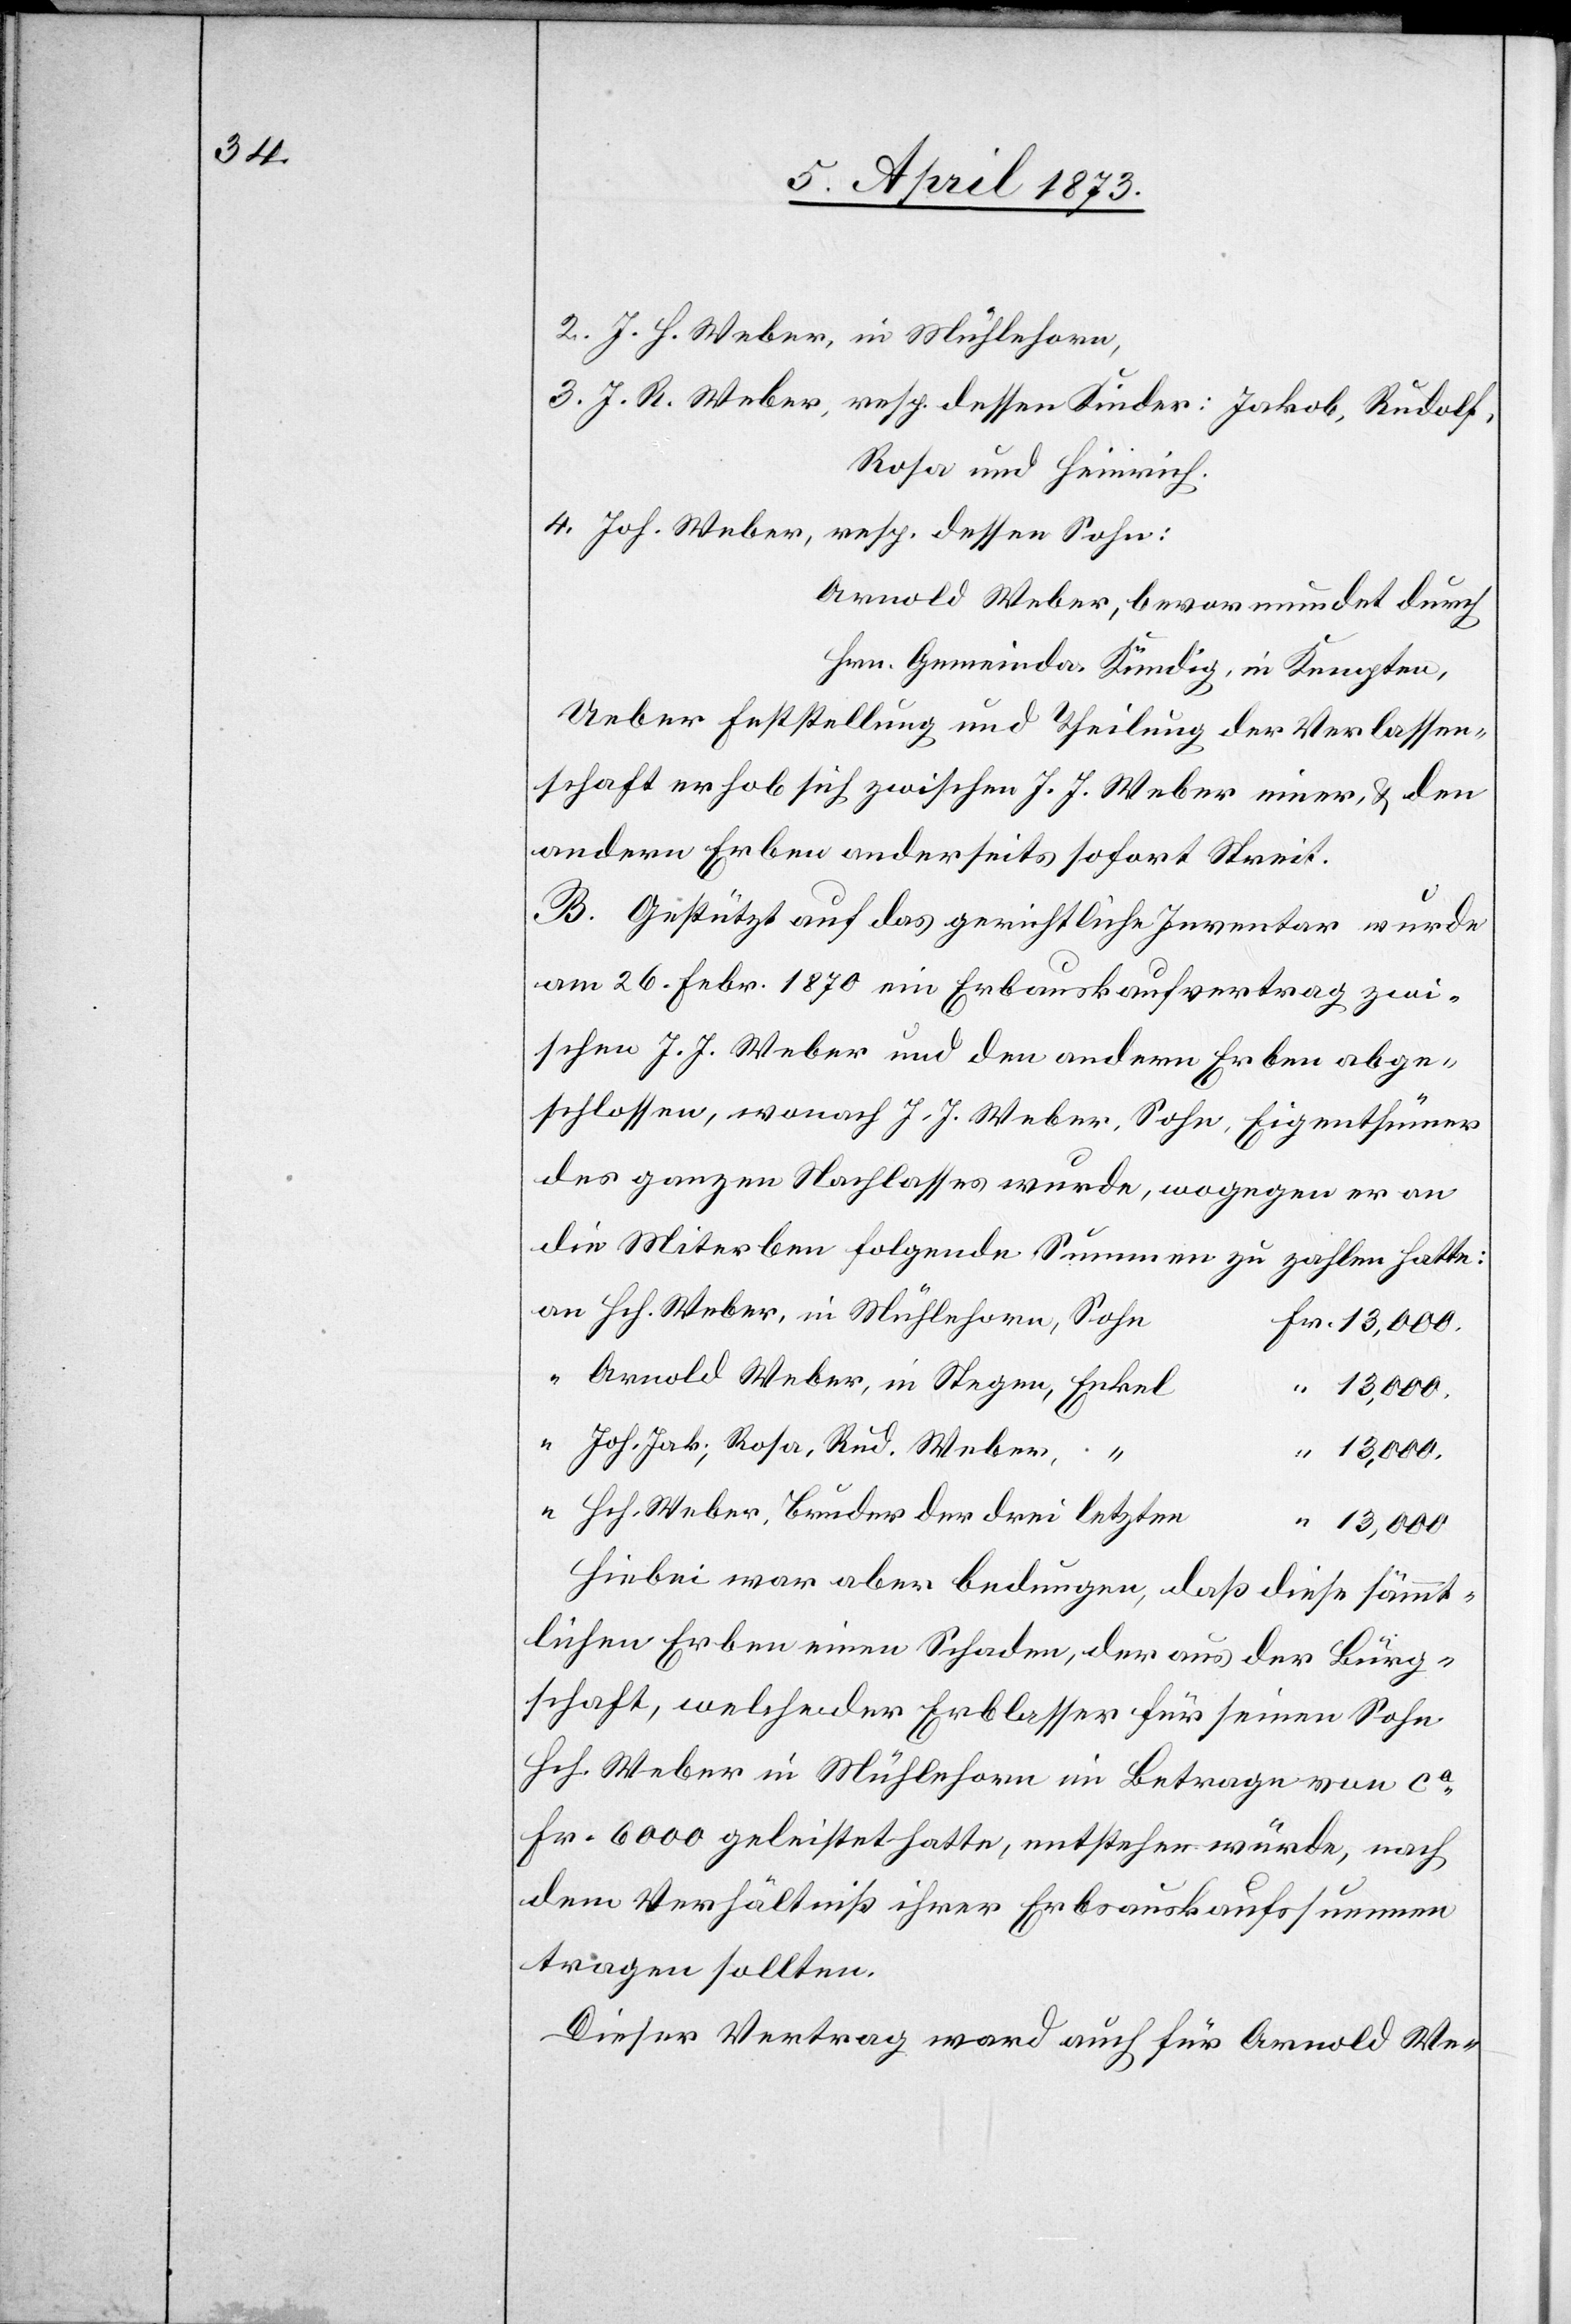
n

2. J. H. Weber, in Mühlehorn,
3. J. R. Weber, resp. dessen Kinder: Jakob, Rudolf,
Rosa und Heinrich.
4. Joh. Weber, resp. dessen Sohn:
Arnold Weber, bevormundet durch
Hrn. Gemeinda. Kündig, in Kempten.
Ueber Feststellung und Theilung der Verlassen¬
schaft erhob sich zwischen J. J. Weber einer[-], u. den
andern Erben anderseits sofort Streit.
B. Gestützt auf das gerichtliche Inventar wurde
am 26. Febr. 1870 ein Erbauskaufvertrag zwi¬
schen J. J. Weber und den andern Erben abge¬
schlossen, wonach J. J. Weber, Sohn, Eigenthümer
des ganzen Nachlasses wurde, wogegen er an
die Miterben folgende Summen zu zahlen hatte:
an Hch. Weber, in Mühlehorn, Soh¬
Arnold Weber, in Stegen, Enke¬
“ 13,000.
“ Joh. Jak., Rosa, Rud. Weber,
“ 13,000.
“ Hch. Weber, Bruder der drei letzte¬
“ 13,000.
Hiebei war aber bedungen, daß diese sämmt¬
lichen Erben einen Schaden, der aus der Bürg¬
schaft, welche der Erblasser für seinen Sohn
Hch. Weber in Mühlehorn im Betrage von ca
Fr. 6000 geleistet hatte, entstehen würde, nach
dem Verhältniß ihrer Erbsauskaufssummen
tragen sollten.
Dieser Vertrag ward auch für Arnold We-